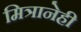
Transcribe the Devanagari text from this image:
मित्रानेही